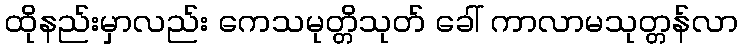
ထိုနည်းမှာလည်း ကေသမုတ္တိသုတ် ခေါ် ကာလာမသုတ္တန်လာ